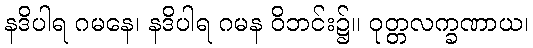
နဒိပါရ ဂမနေ၊ နဒိပါရ ဂမန ဝိဘင်း၌။ ဝုတ္တလက္ခဏာယ၊